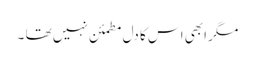
مگر ابھی اس کا دل مطمئن نہیں تھا ۔